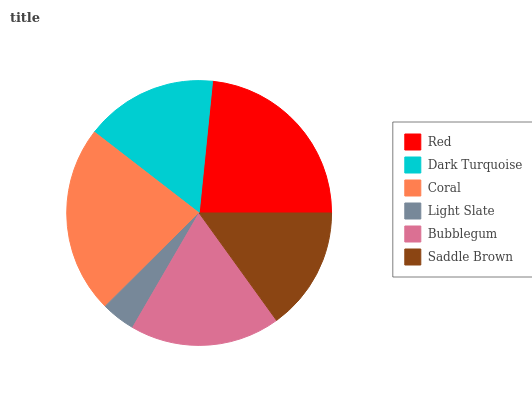
| Red | Dark Turquoise | Coral | Light Slate | Bubblegum | Saddle Brown |
 | --- | --- | --- | --- | --- | --- |
 | 23.4% | 16.1% | 22.9% | 4.17% | 18.3% | 15.1% |